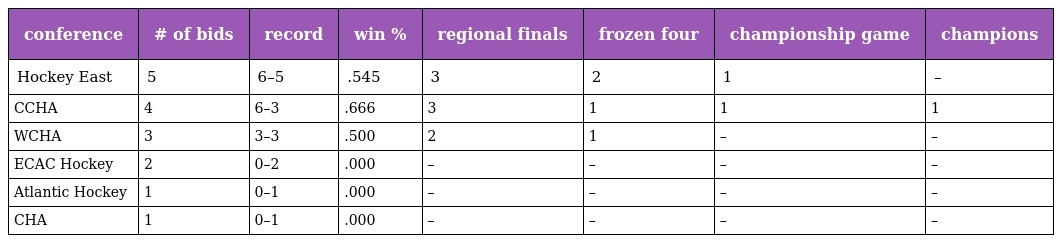
| conference | # of bids | record | win % | regional finals | frozen four | championship game | champions |
 | --- | --- | --- | --- | --- | --- | --- | --- |
 | Hockey East | 5 | 6–5 | .545 | 3 | 2 | 1 | – |
 | CCHA | 4 | 6–3 | .666 | 3 | 1 | 1 | 1 |
 | WCHA | 3 | 3–3 | .500 | 2 | 1 | – | – |
 | ECAC Hockey | 2 | 0–2 | .000 | – | – | – | – |
 | Atlantic Hockey | 1 | 0–1 | .000 | – | – | – | – |
 | CHA | 1 | 0–1 | .000 | – | – | – | – |